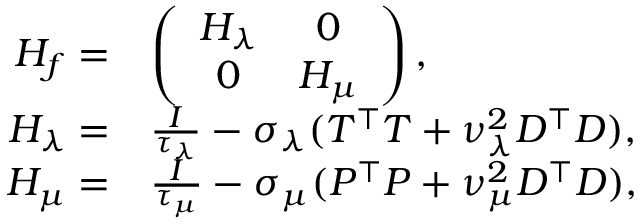
\begin{array} { r l } { H _ { f } = } & { \left( \begin{array} { c c } { H _ { \lambda } } & { 0 } \\ { 0 } & { H _ { \mu } } \end{array} \right) , } \\ { H _ { \lambda } = } & { \frac { I } { \tau _ { \lambda } } - \sigma _ { \lambda } ( T ^ { \top } T + \nu _ { \lambda } ^ { 2 } D ^ { \top } D ) , } \\ { H _ { \mu } = } & { \frac { I } { \tau _ { \mu } } - \sigma _ { \mu } ( P ^ { \top } P + \nu _ { \mu } ^ { 2 } D ^ { \top } D ) , } \end{array}